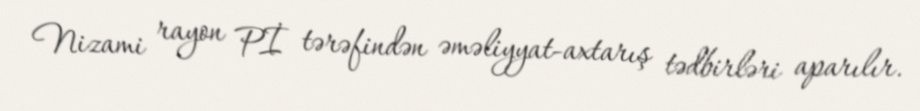
Nizami rayon Pİ tərəfindən əməliyyat-axtarış tədbirləri aparılır.